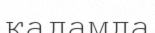
қадамда